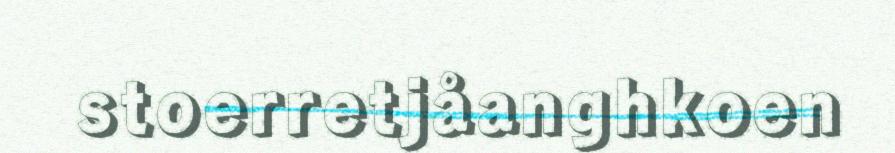
stoerretjåanghkoen